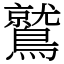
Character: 鷲